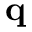
\mathbf { q }